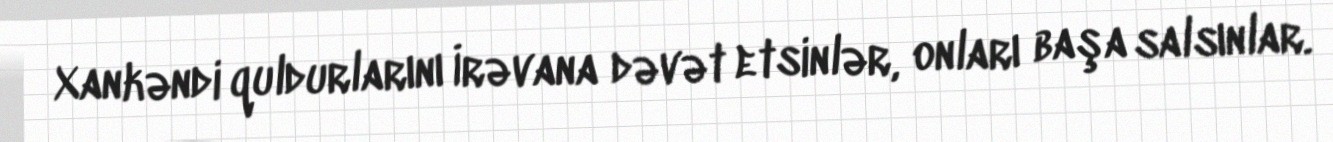
Xankəndi quldurlarını İrəvana dəvət etsinlər, onları başa salsınlar.